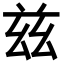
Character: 兹